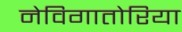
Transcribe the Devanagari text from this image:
नेविगातोरिया